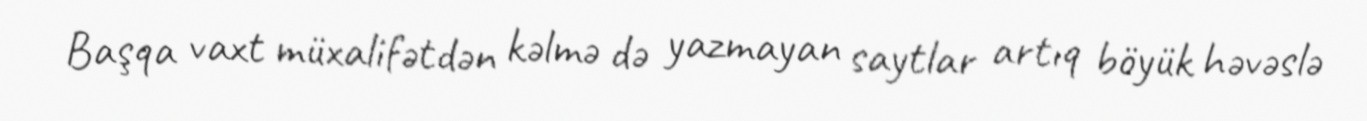
Başqa vaxt müxalifətdən kəlmə də yazmayan saytlar artıq böyük həvəslə